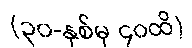
(၃၀-နှစ်မှ ၄၀ထိ)